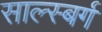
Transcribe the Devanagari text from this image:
साल्स्बर्ग